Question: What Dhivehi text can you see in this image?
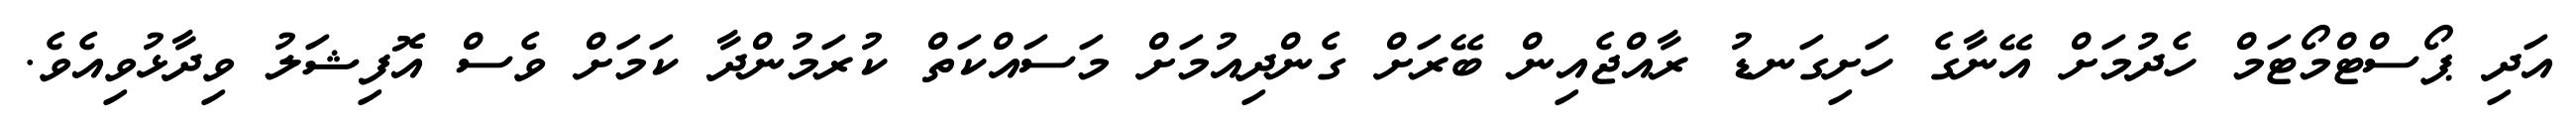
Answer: އަދި ޕޯސްޓްމޯޓަމް ހެދުމަށް އޭނާގެ ހަށިގަނޑު ރާއްޖެއިން ބޭރަށް ގެންދިއުމަށް މަސައްކަތް ކުރަމުންދާ ކަމަށް ވެސް އޮފިޝަލު ވިދާޅުވިއެވެ.